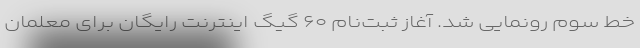
خط سوم رونمایی شد. آغاز ثبت‌نام ۶۰ گیگ اینترنت رایگان برای معلمان